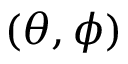
( \theta , \phi )